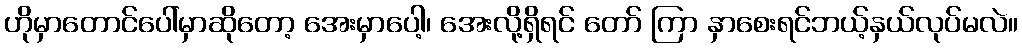
ဟိုမှာတောင်ပေါ်မှာဆိုတော့ အေးမှာပေါ့၊ အေးလို့ရှိရင် တော် ကြာ နှာစေးရင်ဘယ့်နှယ်လုပ်မလဲ။